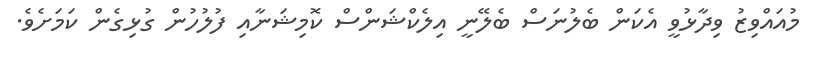
މުއައްވިޒު ވިދާޅުވީ އެކަން ބެލުނަސް ބެލޭނީ އިލެކްޝަންސް ކޮމިޝަނާއި ފުލުހުން ގުޅިގެން ކަމަށެވެ.